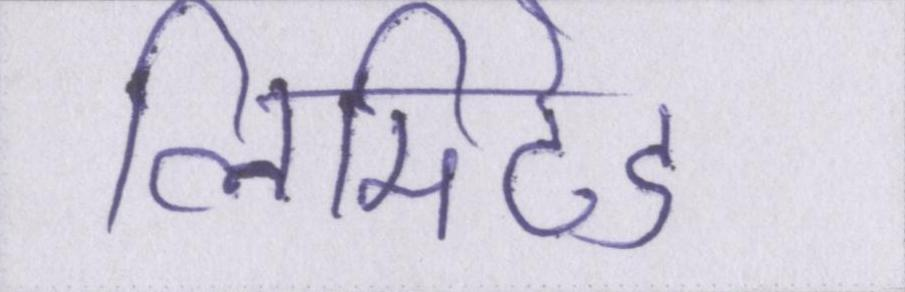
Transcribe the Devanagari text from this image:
लिमिटेड